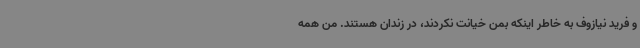
و فرید نیازوف به خاطر اینکه بمن خیانت نکردند، در زندان هستند. من همه